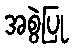
အစွဲပြု